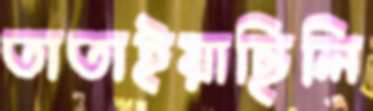
তাতাইয়াছিলি